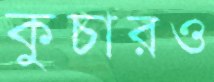
কুচারও